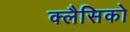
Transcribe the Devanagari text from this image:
क्लैसिको